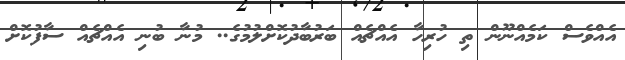
އެއްވެސް ކަމެއްނޫން ތި ހުރިހާ އެއްޗެއް ބަރުބާދުކޮށްލުމުގެ.. މުނާ ބުނި އެއްޗެއް ސާފުކޮށް